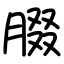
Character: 腏